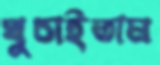
ঘুচাইতাম